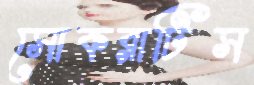
সোকরাটিস